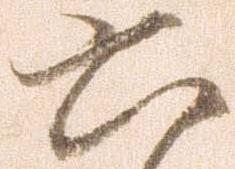
六